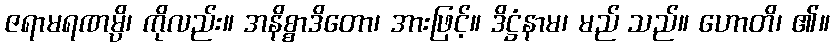
ဇရာမရဏမ္ပိ၊ ကိုလည်း။ အနိစ္စာဒိတော၊ အားဖြင့်။ ဒိဋ္ဌံနာမ၊ မည် သည်။ ဟောတိ၊ ၏။